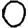
Digit: 0